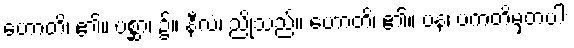
ဟောတိ၊ ၏။ ပစ္ဆာ၊ ၌။ နီလံ၊ ညိုသည်။ ဟောတိ၊ ၏။ ပန၊ ပကတိမှတပါး